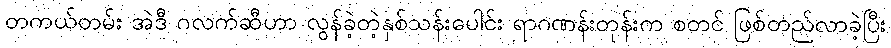
တကယ်တမ်း အဲဒီ ဂလက်ဆီဟာ လွန်ခဲ့တဲ့နှစ်သန်းပေါင်း ရာဂဏန်းတုန်းက စတင် ဖြစ်တည်လာခဲ့ပြီး